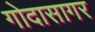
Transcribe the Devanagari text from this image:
गोदासागर